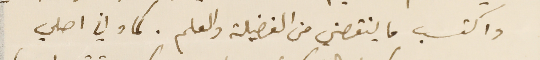
واكتسب ما ينقصني من الفضيلة والعلم. كما واني اصلي